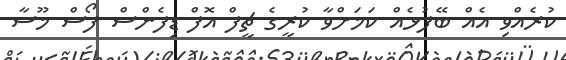
ކުރެއްވި އެއް ބޭފުޅެއް ކަމަށްވާ ކުރީގެ ޗީފް އޮފް ޑިފެންސް ފޯސް މޫސާ